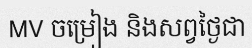
MV ចម្រៀង និងសព្វថ្ងៃជា